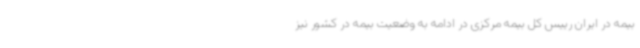
بیمه در ایران رییس کل بیمه مرکزی در ادامه به وضعیت بیمه در کشور نیز